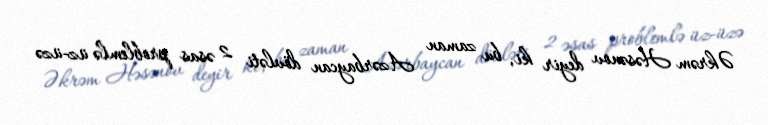
Əkrəm Həsənov deyir ki, bu zaman Azərbaycan dövləti 2 əsas problemlə üz-üzə